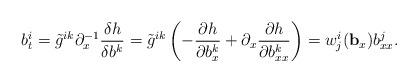
LaTeX: \begin{align*} b^i_t = \tilde{g}^{ik}\partial_x^{-1}\frac{\delta h}{\delta b^k} = \tilde{g}^{ik}\left( - \frac{\partial h}{\partial b^k_x} + \partial_x \frac{\partial h}{\partial b^k_{xx}}\right) = w^i_j(\mathbf{b}_x) b^j_{xx}.\end{align*}